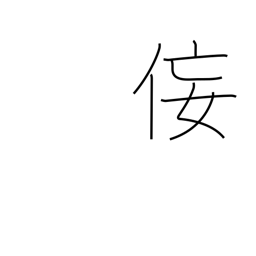
Meaning: insincerity